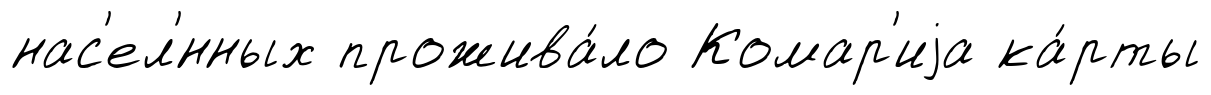
нас'ел'́нных прожива́ло Комар'иjа ка́рты